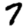
Digit: 7